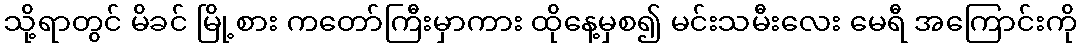
သို့ရာတွင် မိခင် မြို့စား ကတော်ကြီးမှာကား ထိုနေ့မှစ၍ မင်းသမီးလေး မေရီ အကြောင်းကို